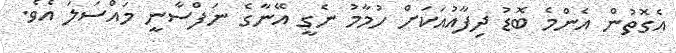
އެގޮތުން އެންމެ ބޮޑު ދިފާއުއަކަށް ހުމާމު ނެގީ އޭނާގެ ނަފްސާނީ މައްސަލަ އެވެ.